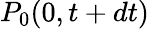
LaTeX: P_{0}(0,t+dt)